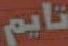
تايم